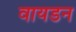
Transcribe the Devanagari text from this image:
वायडन